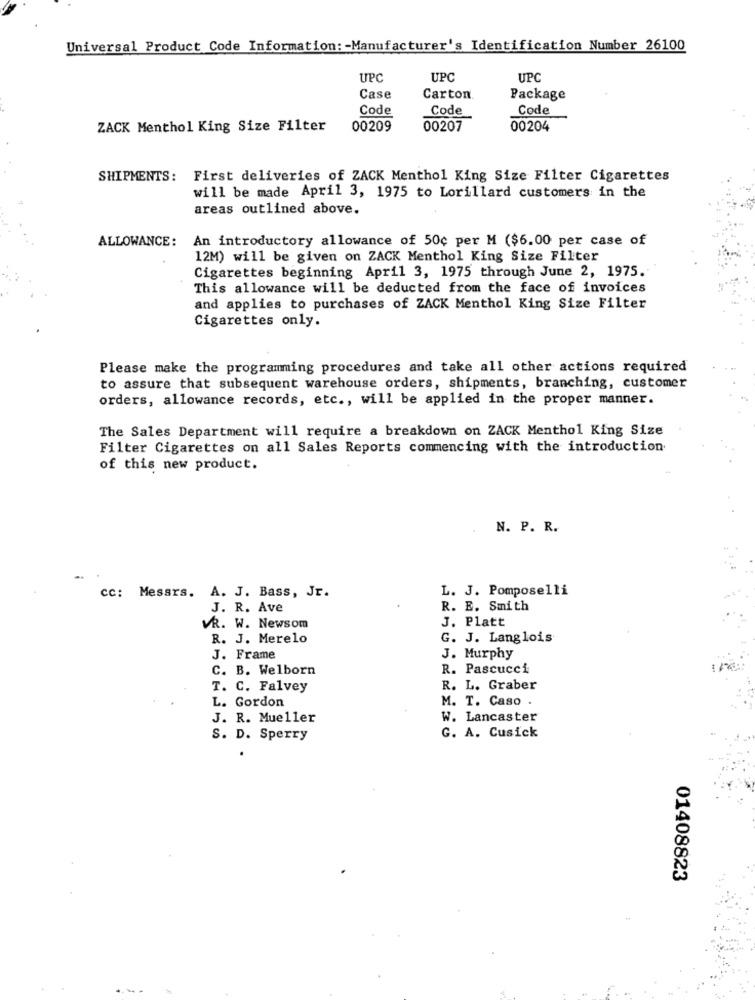
Universal Product Code Information: - Manufacturer's Identification Number 26100
UPC
UPC
UPC
Case
Carton.
Package
Code
Code
Code
ZACK Menthol King Size Filter
00209
00207
00204
SHIPMENTS: First deliveries of ZACK Menthol King Size Filter Cigarettes
will be made April 3, 1975 to Lorillard customers in the
areas outlined above.
An introductory allowance of 50¢ per M ($6.00 per case of
ALLOWANCE:
12M) will be given on ZACK Menthol King Size Filter
Cigarettes beginning April 3, 1975 through June 2, 1975.
This allowance will be deducted from the face of invoices
and applies to purchases of ZACK Menthol King Size Filter
Cigarettes only.
Please make the programming procedures and take all other actions required
to assure that subsequent warehouse orders, shipments, branching, customer
orders, allowance records, etc ., will be applied in the proper manner.
The Sales Department will require a breakdown on ZACK Menthol King Size
Filter Cigarettes on all Sales Reports commencing with the introduction
of this new product.
N. P. R.
cc: Messrs. A. J. Bass, Jr.
L. J. Pomposelli
J. R. Ave
R. E. Smith
J. Platt
VR. W. Newsom
R. J. Merelo
G. J. Langlois
J. Frame
J. Murphy
C. B. Welborn
R. Pascucci
T. C. Falvey
R. L. Graber
M. T. Caso .
L. Gordon
J. R. Mueller
W. Lancaster
G. A. Cusick
S. D. Sperry
01408823